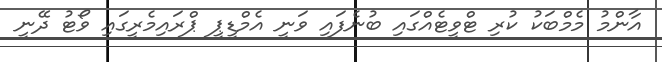
އާންމު މެމްބަކު ކުރި ޓްވީޓެއްގައި ބުނެފައި ވަނީ އެމްޑީޕީ ޕްރައިމެރީގައި ވޯޓު ދޭނީ